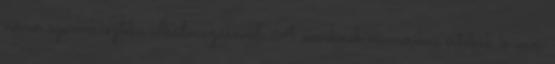
néven számmisztika alkalmazásával. A neveknek numerikus értékük is van,